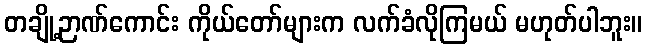
တချို့ဉာဏ်ကောင်း ကိုယ်တော်များက လက်ခံလိုကြမယ် မဟုတ်ပါဘူး။